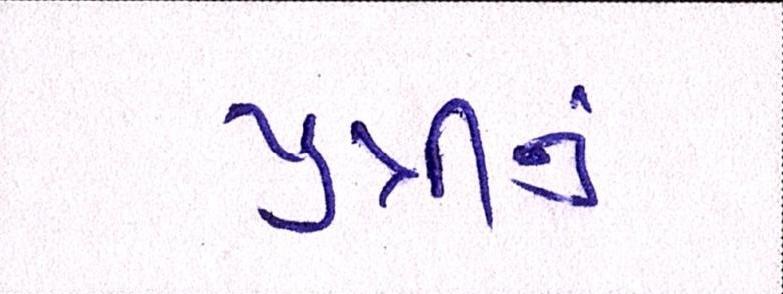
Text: પુત્રીનું